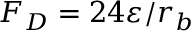
F _ { D } = 2 4 \varepsilon / r _ { b }